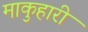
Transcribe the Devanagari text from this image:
माकुहारी